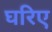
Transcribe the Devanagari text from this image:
घरिए